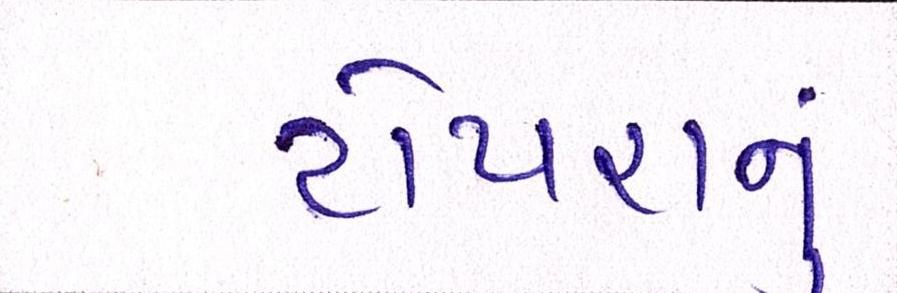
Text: ટોપરાનું